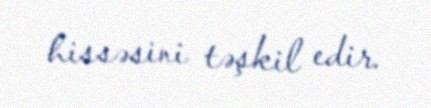
hissəsini təşkil edir.